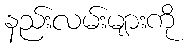
နည်းလမ်းများကို